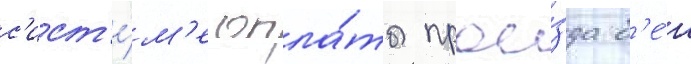
с'ист'е́м'е опла́ты прое́зда б'е́з